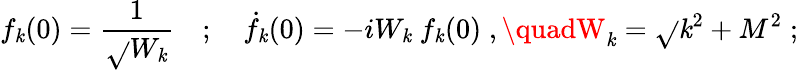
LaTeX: f_{\mathit{k}}(0)=\frac{{1}}{{\sqrt{}{{W_{\mathit{k}}}}}}\quad;\quad\dot{{f}}_{\mathit{k}}(0)=-iW_{\mathit{k}}~f_{\mathit{k}}(0)\; ,\quadW_{\mathit{k}}=\sqrt{}{{\mathit{k}^{2}+M^{2}}}\; ;